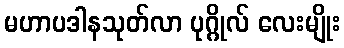
မဟာပဒါနသုတ်လာ ပုဂ္ဂိုလ် လေးမျိုး